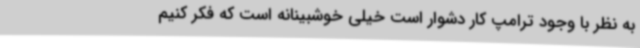
به نظر با وجود ترامپ کار دشوار است خیلی خوشبینانه است که فکر کنیم